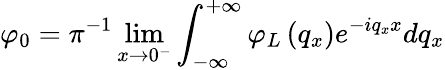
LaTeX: \varphi_{0}=\pi^{-1}\operatorname*{lim}_{x\to 0^{-}}\int_{-\infty}^{+\infty}{{{\varphi}_{L}}\left({{q}_{x}}\right)e^{-iq_{x}x}d{{q}_{x}}}